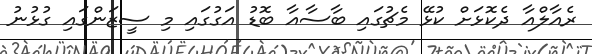
ރެއާލްއާ ދެކޮޅަށް ކުޅޭ މެޗުގައި ބާސާއާ ބޮޑު އަގުގައި މި ސީޒަންގައި ގުޅުނު